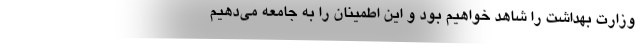
وزارت بهداشت را شاهد خواهیم بود و این اطمینان را به جامعه می‌دهیم